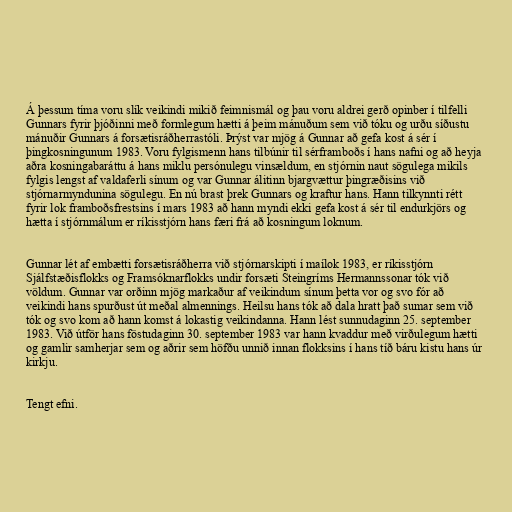
Á þessum tíma voru slík veikindi mikið feimnismál og þau voru aldrei gerð opinber í tilfelli
Gunnars fyrir þjóðinni með formlegum hætti á þeim mánuðum sem við tóku og urðu síðustu
mánuðir Gunnars á forsætisráðherrastóli. Þrýst var mjög á Gunnar að gefa kost á sér í
þingkosningunum 1983. Voru fylgismenn hans tilbúnir til sérframboðs í hans nafni og að heyja
aðra kosningabaráttu á hans miklu persónulegu vinsældum, en stjórnin naut sögulega mikils
fylgis lengst af valdaferli sínum og var Gunnar álitinn bjargvættur þingræðisins við
stjórnarmyndunina sögulegu. En nú brast þrek Gunnars og kraftur hans. Hann tilkynnti rétt
fyrir lok framboðsfrestsins í mars 1983 að hann myndi ekki gefa kost á sér til endurkjörs og
hætta í stjórnmálum er ríkisstjórn hans færi frá að kosningum loknum.

Gunnar lét af embætti forsætisráðherra við stjórnarskipti í maílok 1983, er ríkisstjórn
Sjálfstæðisflokks og Framsóknarflokks undir forsæti Steingríms Hermannssonar tók við
völdum. Gunnar var orðinn mjög markaður af veikindum sínum þetta vor og svo fór að
veikindi hans spurðust út meðal almennings. Heilsu hans tók að dala hratt það sumar sem við
tók og svo kom að hann komst á lokastig veikindanna. Hann lést sunnudaginn 25. september
1983. Við útför hans föstudaginn 30. september 1983 var hann kvaddur með virðulegum hætti
og gamlir samherjar sem og aðrir sem höfðu unnið innan flokksins í hans tíð báru kistu hans úr
kirkju.

Tengt efni.